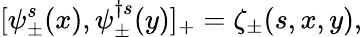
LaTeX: [\psi_{\pm}^{s}(x),\psi_{\pm}^{\dagger s}(y)]_{+}=\zeta_{\pm}(s,x,y),